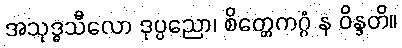
အသုဒ္ဓသီလော ဒုပ္ပညော၊ စိတ္တေကဂ္ဂံ န ဝိန္ဒတိ။